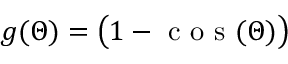
g ( \Theta ) = \big ( 1 - \mathrm { ~ c ~ o ~ s ~ } ( \Theta ) \big )